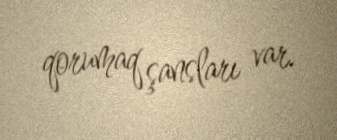
qorumaq şansları var.